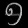
Digit: ၅